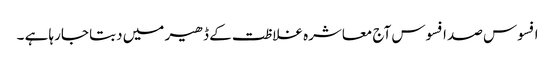
افسوس صد افسوس آج معاشرہ غلاظت کے ڈھیر میں دبتا جارہا ہے ۔